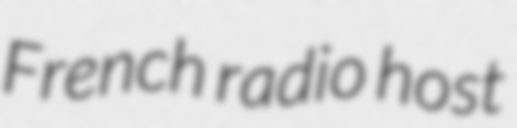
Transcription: French radio host